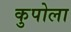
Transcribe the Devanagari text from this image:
कुपोला